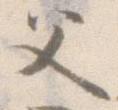
父